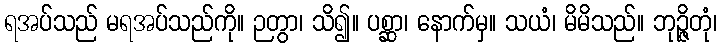
ရအပ်သည် မရအပ်သည်ကို။ ဉတွာ၊ သိ၍။ ပစ္ဆာ၊ နောက်မှ။ သယံ၊ မိမိသည်။ ဘုဉ္ဇိတုံ၊